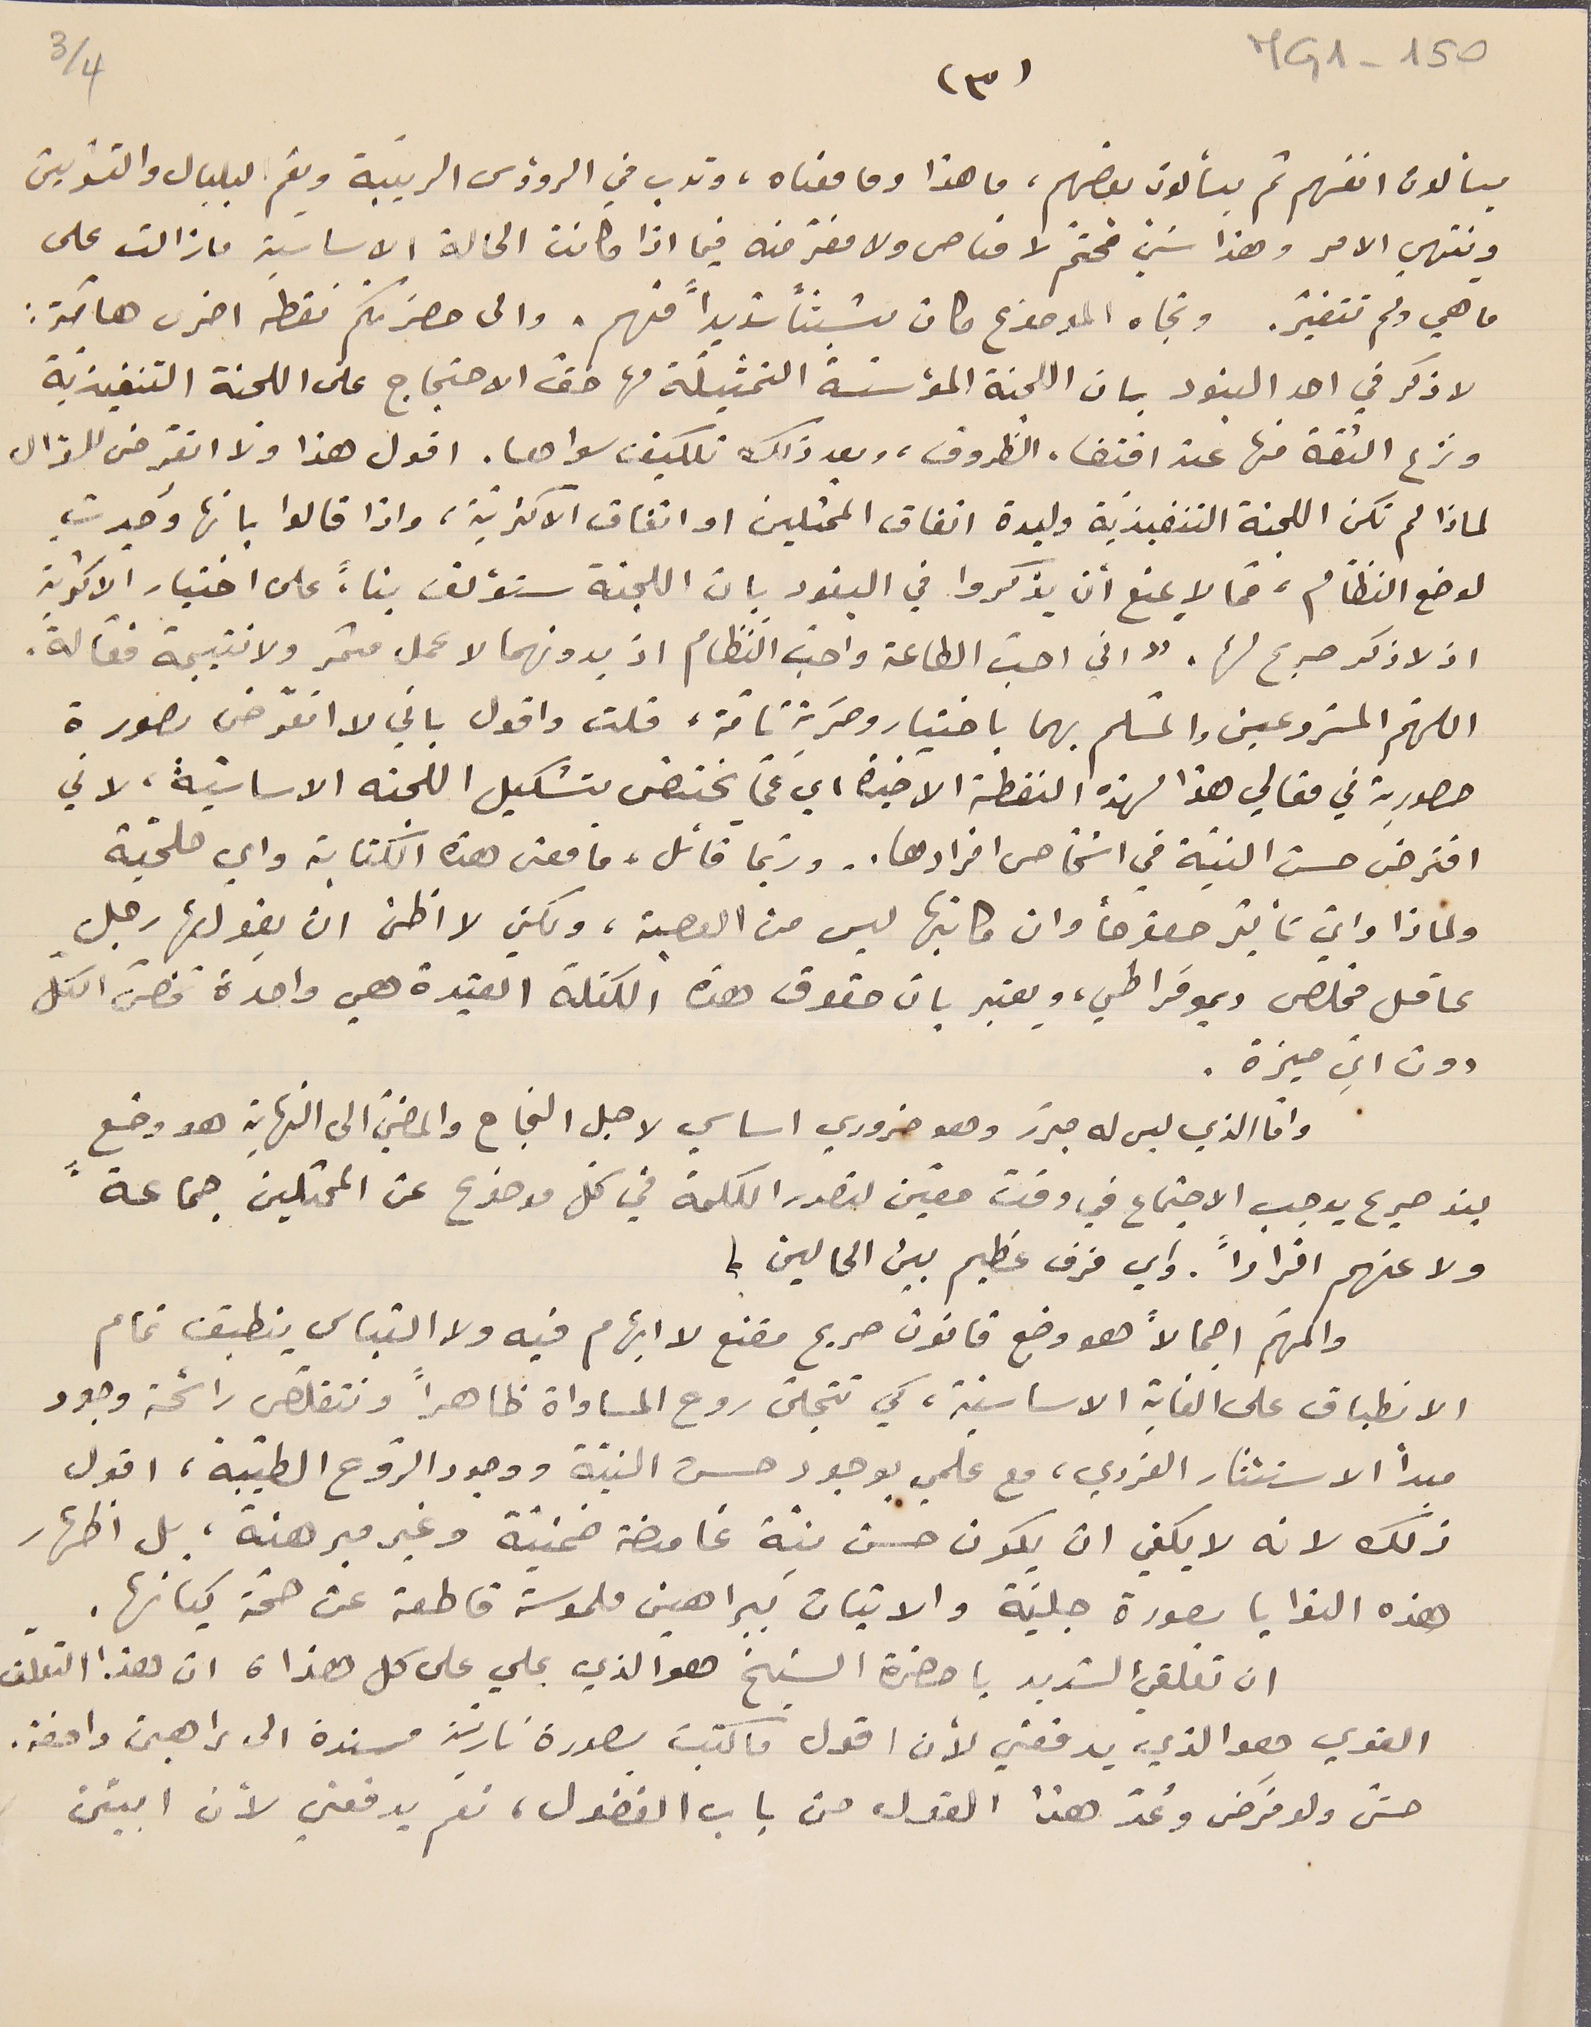
يسألون انفسهم ثم يسألون بعضهم، ما هذا وما معناه، وتدب في الرؤوس الرَيبة ويعٌم لبلبال والتشويش
وينتهي الامر وهذا شيء مُحتّم لا مناص ولا مفرّ منه فيما اذا كانت الحالة الاساسيّة ما زالت على
ما هي ولم تتغيّر. وتجاه الموضوع كان مشبثاً شديداً منهم. والى حضرتكمّْ نقطه اخرى هامّة:
لا ذكر في احد البنود بان اللجنة المؤسّسة التمثيلَة لها حق الاحتجاج على اللجنة التنفيذيّة
ونزع الثقة منها عند اقتضاء الظروف، وبعد ذلك تكليف سواها. اقول هذا ولا اتعرّض للسؤال
لماذا لم تكن اللجنة التنفيذية وليدة اتفاق الممثلين او اتفاق الاكثريّة، واذا قالوا بانها وُجدتِ
لوضع النظام، فما لا يمنع ان يذكروا في البنود بان اللجنة ستؤلف بناءً على اختيار الاكثرية
اذ لا ذكر صريح لها. "اني احبّ الطاعة واحبّ النظام اذ بدونهما لا عمل مثمر ولا نتيجة فعّالة.
اللهّم المشروعين والمسلّم بهما باختيار وحَرية تامّة، قلت واقول باني لا اتعرّض بصورة
حصورية في مقالي هذا لهذه النقطة الاخيرة اي عمّا يختصّ بتشكيل اللجنه الاساسيّة، لاني
افترضى حسن النيّة في اشخاص افرادها.. وربّما قائل، ما معنى هذه الكتابة واي ملحيّة
ولماذا وايّ تأثير خصوصاً وان كاتبها ليس من العصبة، ولكني لا اظن ان يقولها رجل
عاقل مخلص وديموقراطي، ويعتبر بان حقوق هذه الكتلة العتيدة هي واحدة فانّ الكلّ
دون ايّ ميزة.
 وامّا الذي ليس له مبرّر وهو ضروري اساسي لاجل النجاح والمضيّ الى النهاية هو وضع
بنذ صريح يوجب الاجتماع في وقت معين لتصدر الكلمة في كلّ موضوع عن الممثلين جماعةً
ولا عنهم افراداً. واي فرق عظيم بين الحالين؟
والمهّم اجمالاً هو وضع قانون صريح مقنع لا ابهام فيه ولا التباس ينطبق تمام
الانطباق على الغاية الاساسيّة، كي تتجلّى روح المساواة ظاهراً ونتقلّص رائحة وجود
مبداً الاستئثار الفردي، مع علمي بوجود حسن النيّة ووجود الرّوح الطيّبة، اقول
ذلك لانه لا يكفي ان يكون حسن نيّة غامضة ضمنيّة وغير مبرهنة، بل اظهار
هذه النوايا بصورة جليّة والاثبات ببراهين ملموسة قاطعة عن صحّة كيانها.
ان تعلقي الشديد يا حضرة الشيخ هو الذي يملي على كل هذا، ان هذا التعلّق
القوي هو الذي يدفعني لأن اقول ما كتبت بصورة ناريّة مسندة الى براهين دامغة.
حتّى ولو فَرض وعُدّ هذا القول من باب الفضول، نعم يدفعني لأن ابيّن
MG1-150
(٣)
4/3